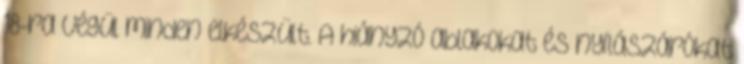
18-ra végül minden elkészült. A hiányzó ablakokat és nyílászárókat